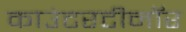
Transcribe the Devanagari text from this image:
काउंटरटीनॉर